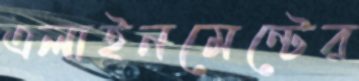
এলাইনমেন্টের